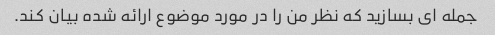
جمله ای بسازید که نظر من را در مورد موضوع ارائه شده بیان کند.